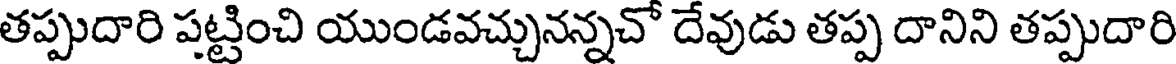
తప్పుదారి పట్టించి యుండవచ్చునన్నచో దేవుడు తప్ప దానిని తప్పుదారి